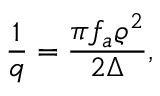
\frac { 1 } { q } = \frac { \pi f _ { a } \varrho ^ { 2 } } { 2 \Delta } ,